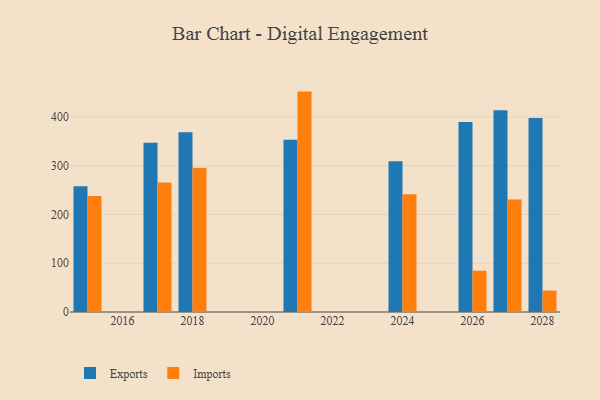
{"axis": {"x": "Year", "y": "Latency (ms)"}, "legend": ["Exports", "Imports"], "data": [{"x": "2015", "y": 258.0, "type": "Exports"}, {"x": "2015", "y": 237.7, "type": "Imports"}, {"x": "2024", "y": 309.0, "type": "Exports"}, {"x": "2024", "y": 241.3, "type": "Imports"}, {"x": "2017", "y": 346.9, "type": "Exports"}, {"x": "2017", "y": 265.4, "type": "Imports"}, {"x": "2028", "y": 397.7, "type": "Exports"}, {"x": "2028", "y": 44.0, "type": "Imports"}, {"x": "2027", "y": 413.5, "type": "Exports"}, {"x": "2027", "y": 230.5, "type": "Imports"}, {"x": "2018", "y": 368.7, "type": "Exports"}, {"x": "2018", "y": 296.0, "type": "Imports"}, {"x": "2021", "y": 353.4, "type": "Exports"}, {"x": "2021", "y": 451.9, "type": "Imports"}, {"x": "2026", "y": 389.6, "type": "Exports"}, {"x": "2026", "y": 84.8, "type": "Imports"}]}